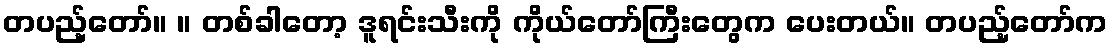
တပည့်တော်။ ။ တစ်ခါတော့ ဒူရင်းသီးကို ကိုယ်တော်ကြီးတွေက ပေးတယ်။ တပည့်တော်က